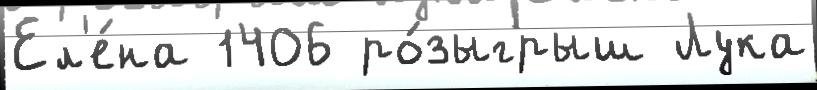
Ел'е́на 1406 ро́зыгрыш Лука